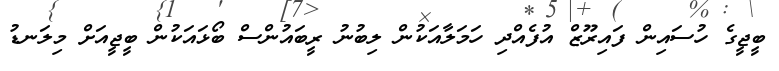
ބީޖީގެ ހުސައިން ފައިރޫޒް އުފެއްދި ހަމަލާއަކުން ލިބުނު ރީބައުންސް ބޯޅައަކުން ބީޖީއަށް މިލަނޑު